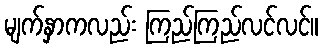
မျက်နှာကလည်း ကြည်ကြည်လင်လင်။